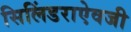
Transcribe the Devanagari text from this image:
सिलिंडराऐवजी